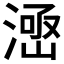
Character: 𱨊